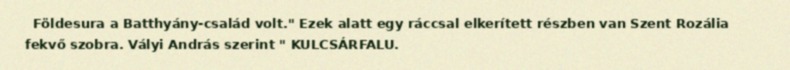
Földesura a Batthyány-család volt." Ezek alatt egy ráccsal elkerített részben van Szent Rozália fekvő szobra. Vályi András szerint " KULCSÁRFALU.